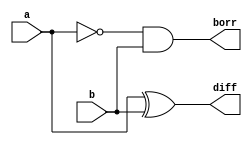
module half_sub(
    			output diff,borr,
			 input a,b);
assign diff= a^b;
assign borr= ~a&b;
endmodule